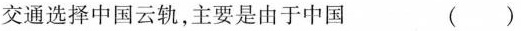
交通选择中国云轨，主要是由于中国 （）